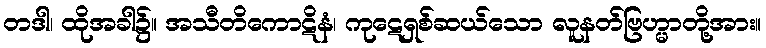
တဒါ၊ ထိုအခါ၌။ အသီတိကောဋိနံ၊ ကုဋေရှစ်ဆယ်သော လူနတ်ဗြဟ္မာတို့အား။